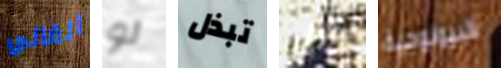
الغالي لو تبذل هل البيولوجية